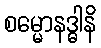
စမ္မောနဒ္ဓါနိ